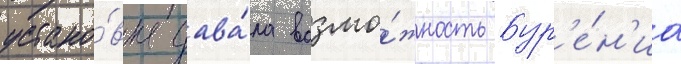
устано́вка дава́ла возмо́жность бур'е́н'иа